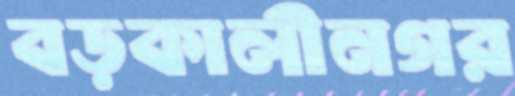
বড়কালীনগর